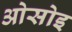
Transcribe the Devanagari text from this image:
ओसोइ